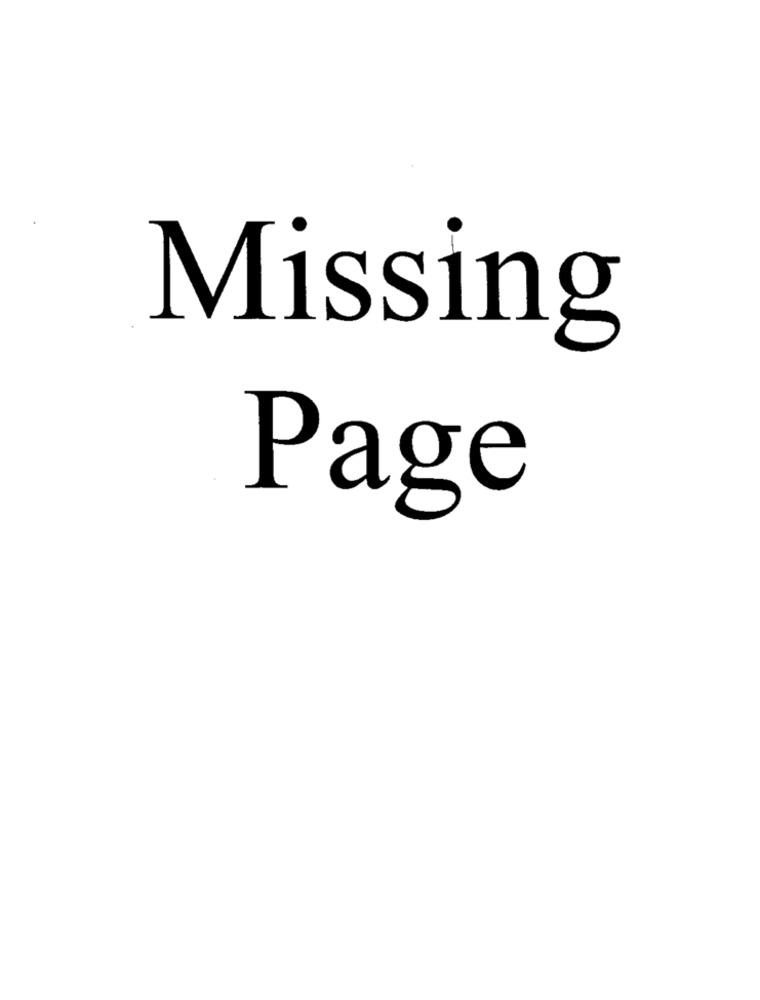
Missing
Page